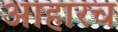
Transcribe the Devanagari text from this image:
आहारच